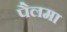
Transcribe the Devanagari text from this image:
पैलमा